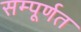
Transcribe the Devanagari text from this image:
सम्पूर्णत